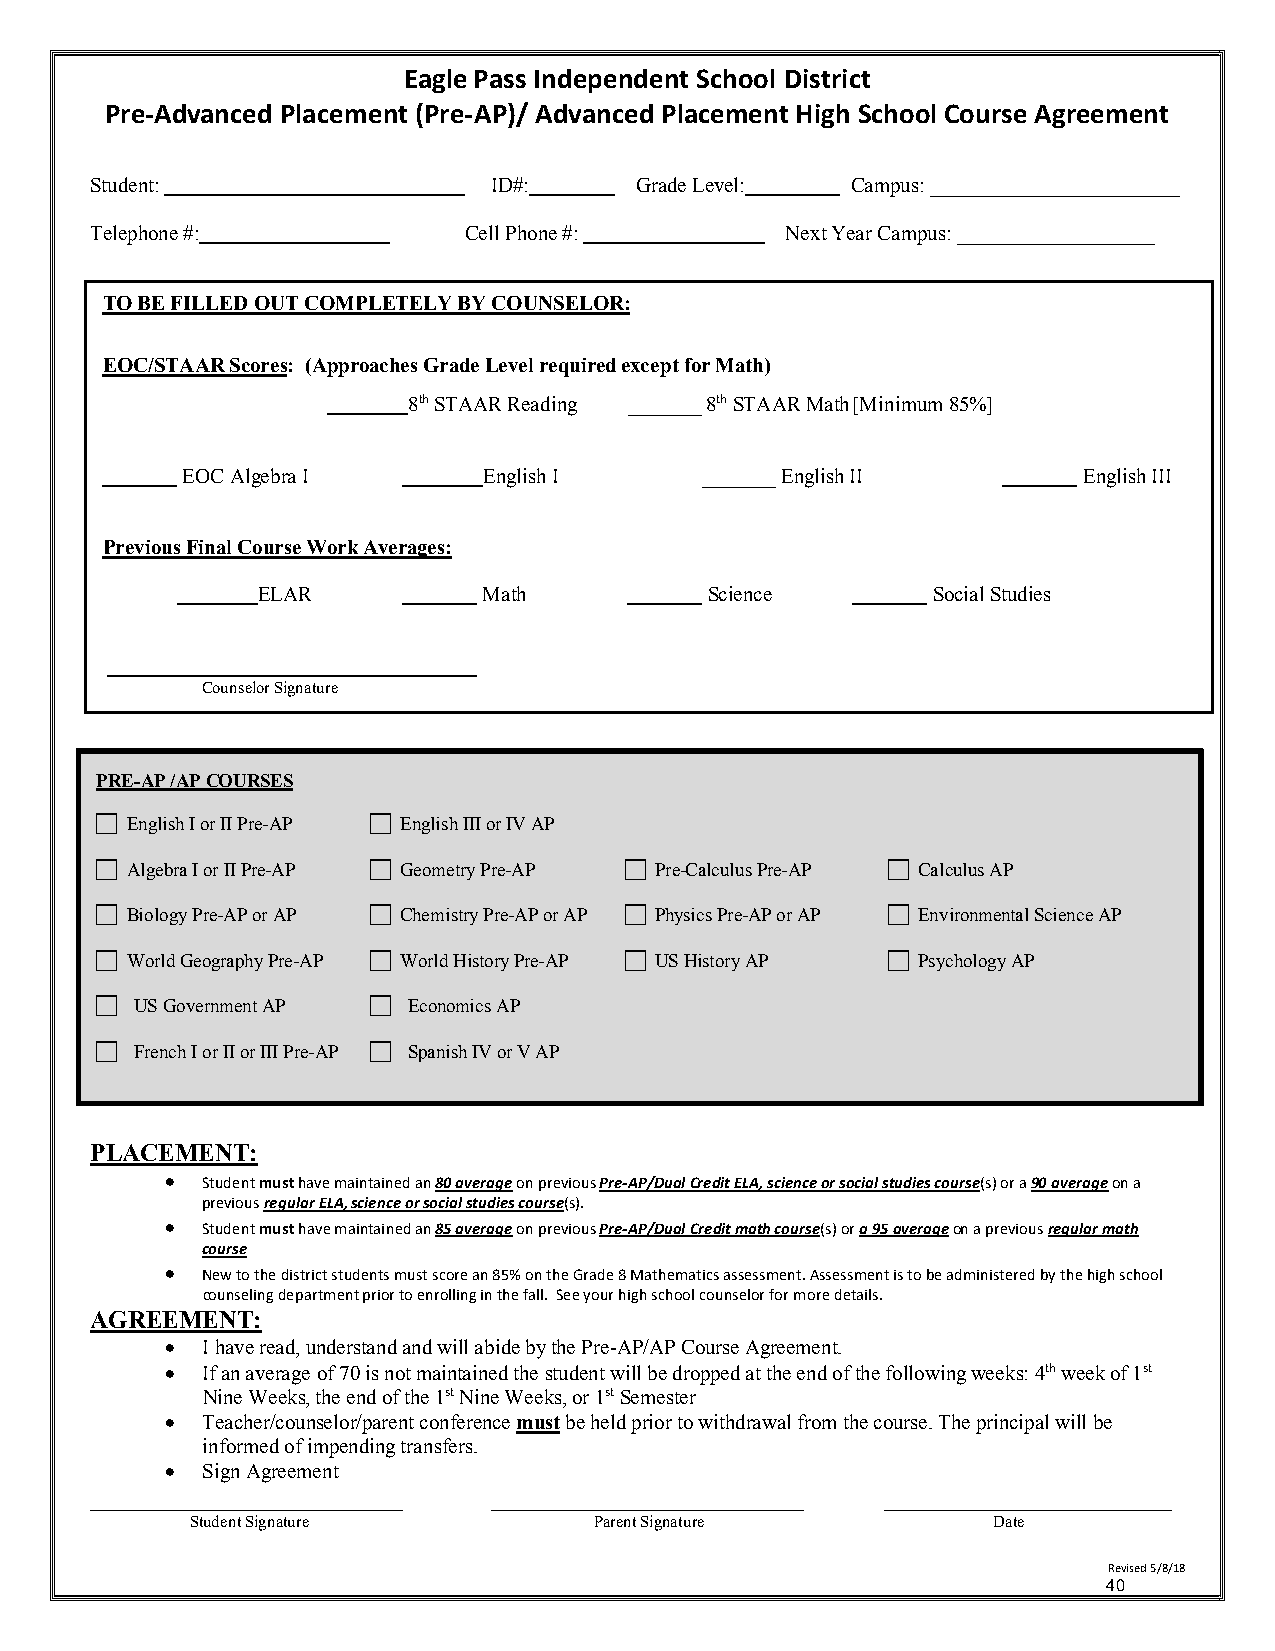
Eagle Pass Independent School District
 Pre-Advanced Placement (Pre-AP)/ Advanced Placement High School Course Agreement
 Student:                   ID#:     Grade Level:  Campus: ________________________
 Telephone #:             Cell Phone #:        Next Year Campus: ___________________
 TO BE FILLED OUT COMPLETELY BY COUNSELOR:
 EOC/STAAR Scores: (Approaches Grade Level required except for Math)
 8th STAAR Reading _______ 8th STAAR Math [Minimum 85%]
 EOC Algebra I       English I      _______ English II       English III
 Previous Final Course Work Averages:
 ELAR           Math           Science        Social Studies
 Counselor Signature
 PRE-AP /AP COURSES
 c English I or II Pre-AP c English III or IV AP
 c Algebra I or II Pre-AP c Geometry Pre-AP c Pre-Calculus Pre-AP c Calculus AP
 c Biology Pre-AP or AP c Chemistry Pre-AP or AP c Physics Pre-AP or AP c Environmental Science AP
 c World Geography Pre-AP c World History Pre-AP c US History AP c Psychology AP
 c  US Government AP c Economics AP
 c  French I or II or III Pre-AP c Spanish IV or V AP
 PLACEMENT:
 • Student must have maintained an 80 average on previous Pre-AP/Dual Credit ELA, science or social studies course(s) or a 90 average on a
 previous regular ELA, science or social studies course(s).
 • Student must have maintained an 85 average on previous Pre-AP/Dual Credit math course(s) or a 95 average on a previous regular math
 course
 • New to the district students must score an 85% on the Grade 8 Mathematics assessment. Assessment is to be administered by the high school
 counseling department prior to enrolling in the fall. See your high school counselor for more details.
 AGREEMENT:
 • I have read, understand and will abide by the Pre-AP/AP Course Agreement.
 • If an average of 70 is not maintained the student will be dropped at the end of the following weeks: 4th week of 1st
 Nine Weeks, the end of the 1st Nine Weeks, or 1st Semester
 • Teacher/counselor/parent conference must be held prior to withdrawal from the course. The principal will be
 informed of impending transfers.
 • Sign Agreement
 _________________________ _________________________  _______________________
 Student Signature         Parent Signature           Date
 Revised 5/8/18
 40